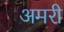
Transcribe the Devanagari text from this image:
अमरी